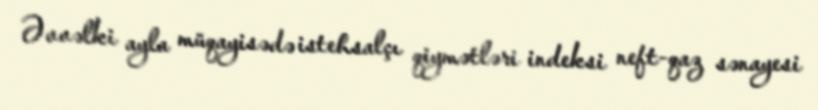
Əvvəlki ayla müqayisədə istehsalçı qiymətləri indeksi neft-qaz sənayesi